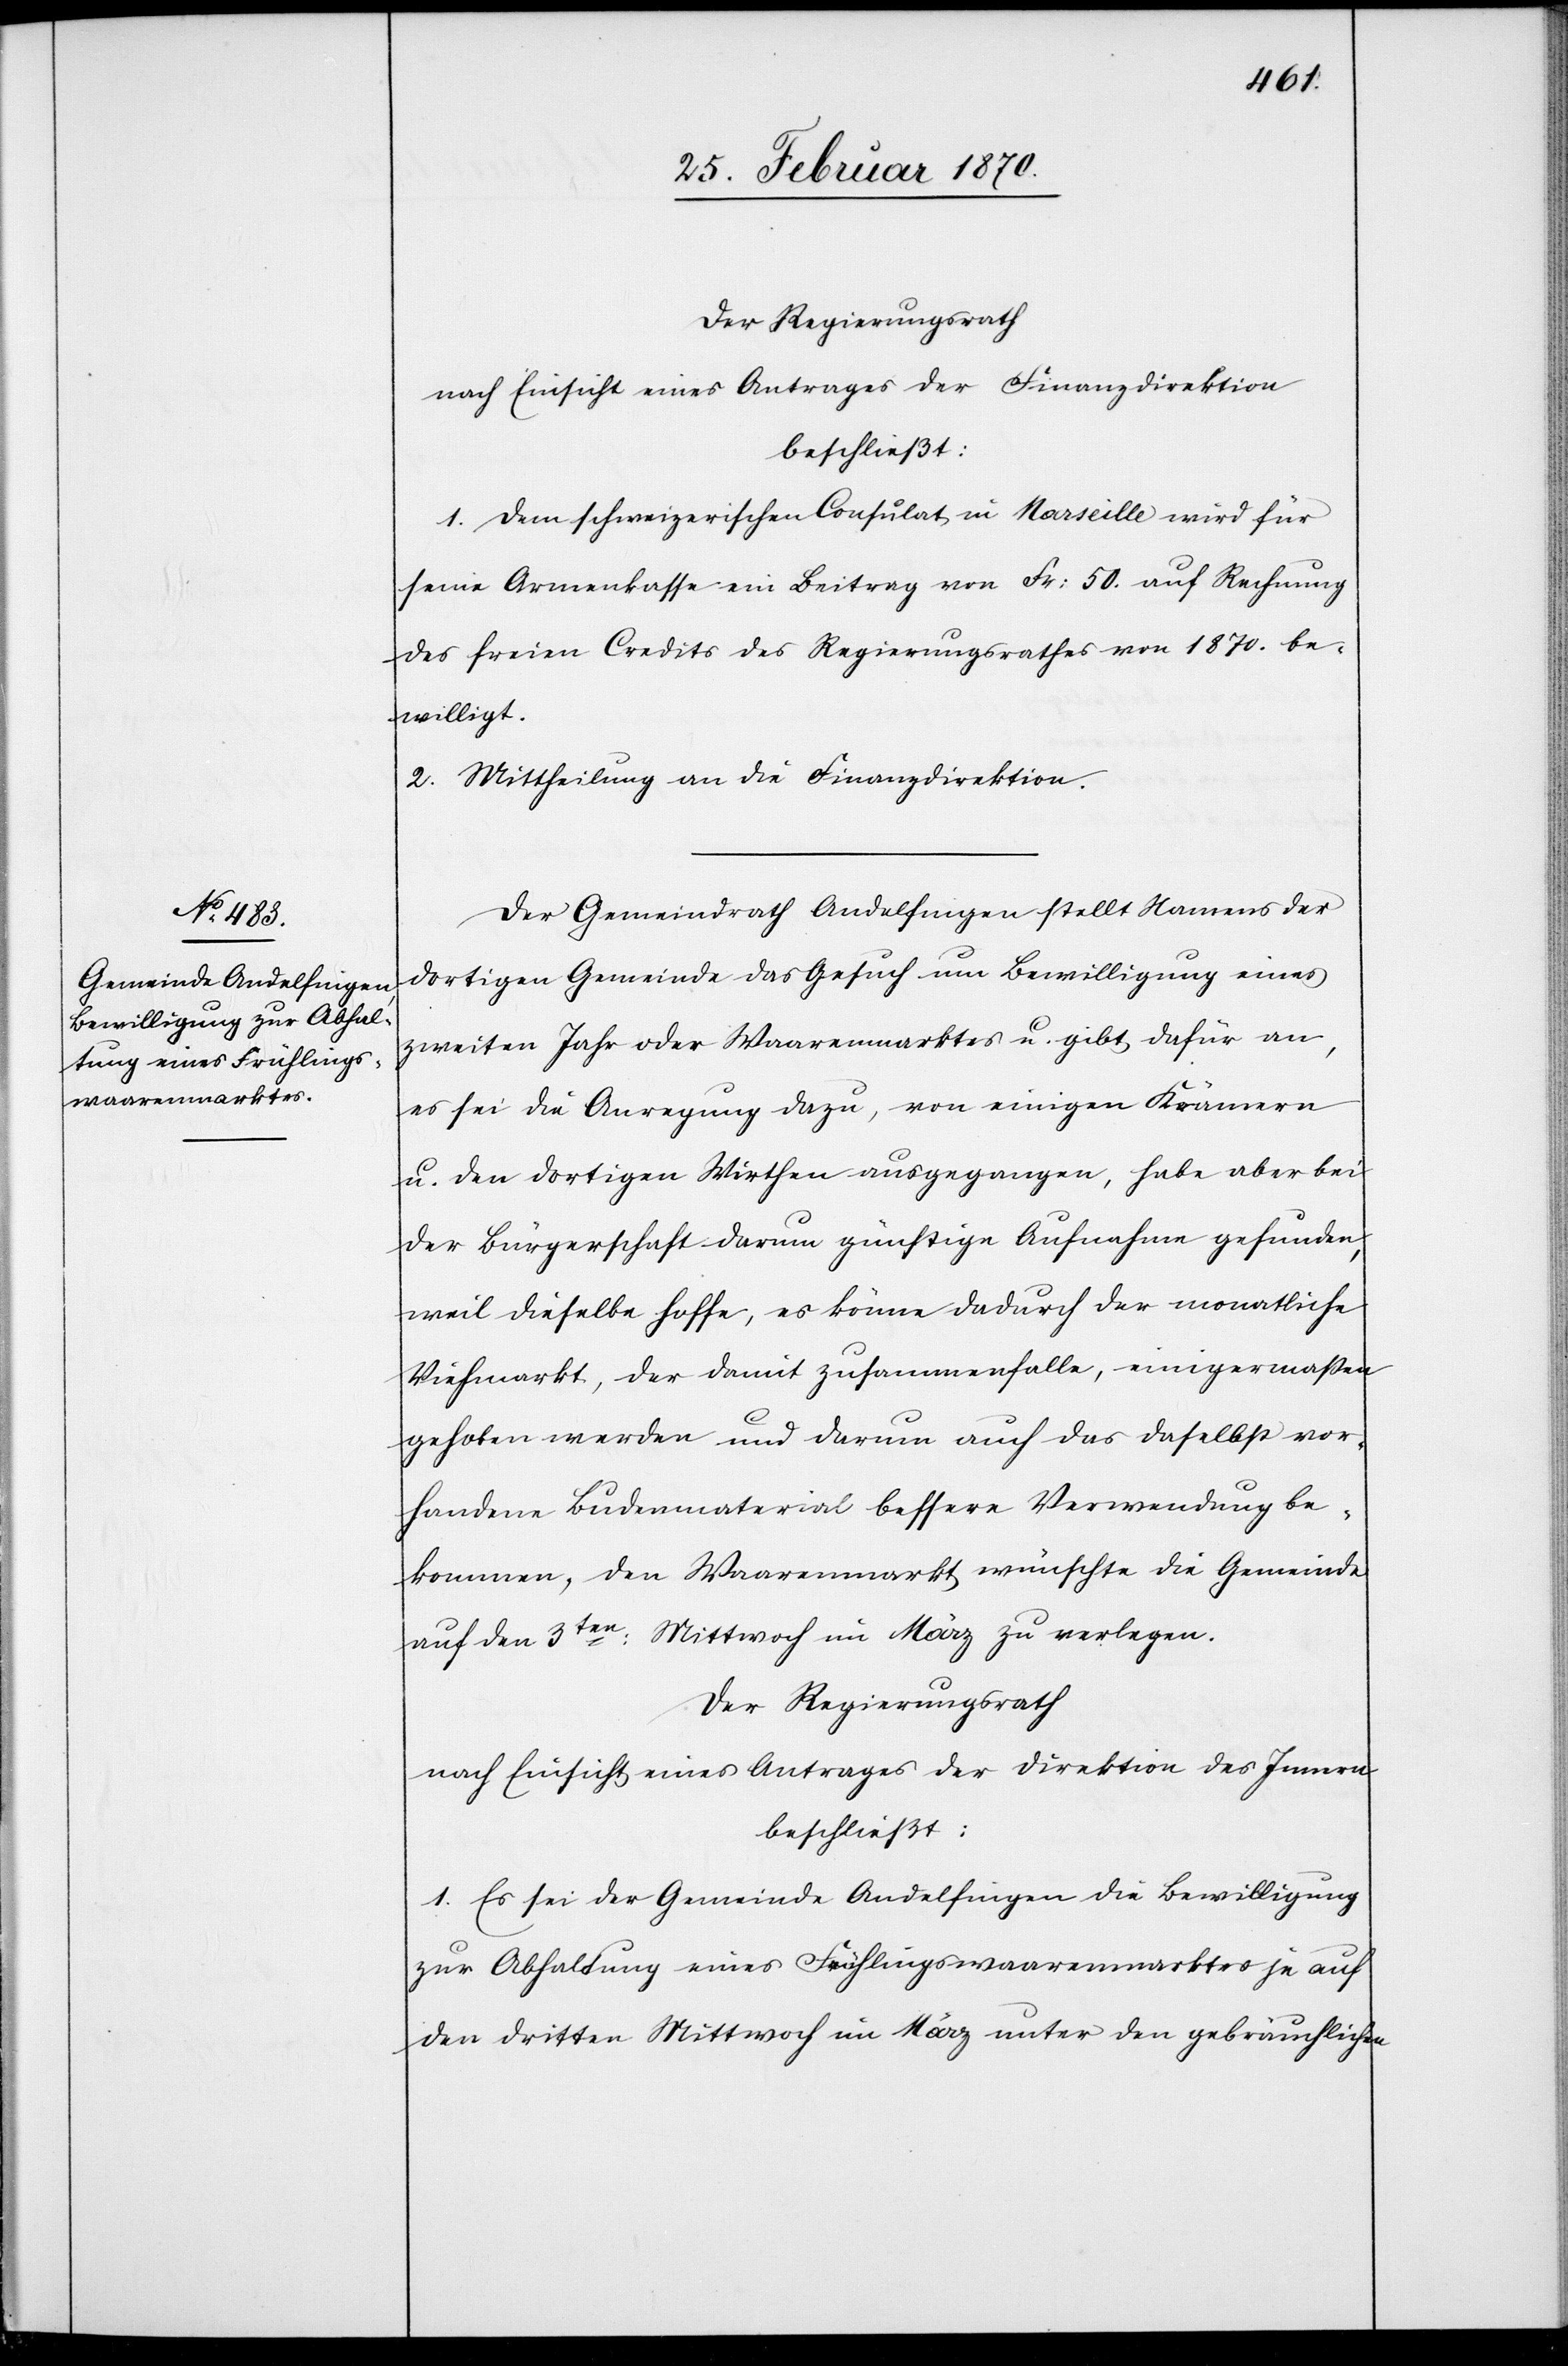
Der Regierungsrath
nach Einsicht eines Antrages der Finanzdirektion
beschließt:
1. Dem schweizerischen Consulat in Marseille wird für
seine Armenkasse ein Beitrag von Fr: 50. auf Rechnung
des freien Credites des Regierungsrathes von 1870. be¬
willigt.
2. Mittheilung an die Finanzdirektion.
Der Gemeindrath Andelfingen stellt Namens der
dortigen Gemeinde das Gesuch um Bewilligung eines
zweiten Jahr[-] oder Waarenmarktes u. gibt dafür an,
es sei die Anregung dazu, von einigen Krämern
u. den dortigen Wirthen ausgegangen, habe aber bei
der Bürgerschaft darum günstige Aufnahme gefunden,
weil dieselbe hoffe, es könne dadurch der monatliche
Viehmarkt, der damit zusammenfalle, einigermaßen
gehoben werden und darum auch das daselbst vor¬
handene Budenmaterial bessere Verwendung be¬
kommen, den Waarenmarkt wünschte die Gemeinde
auf den 3ten: Mittwoch im März zu verlegen.
Der Regierungsrath
nach Einsicht eines Antrages der Direktion des Innern
beschließt:
1. Es sei der Gemeinde Andelfingen die Bewilligung
zur Abhaltung eines Frühlingswaarenmarktes je auf
den dritten Mittwoch im März unter den gebräuchlichen